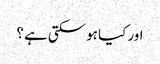
اور کیا ہو سکتی ہے ؟